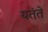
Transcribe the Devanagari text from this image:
यतंते